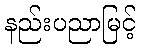
နည်းပညာမြင့်